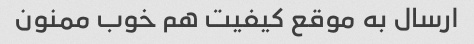
ارسال به موقع کیفیت هم خوب ممنون